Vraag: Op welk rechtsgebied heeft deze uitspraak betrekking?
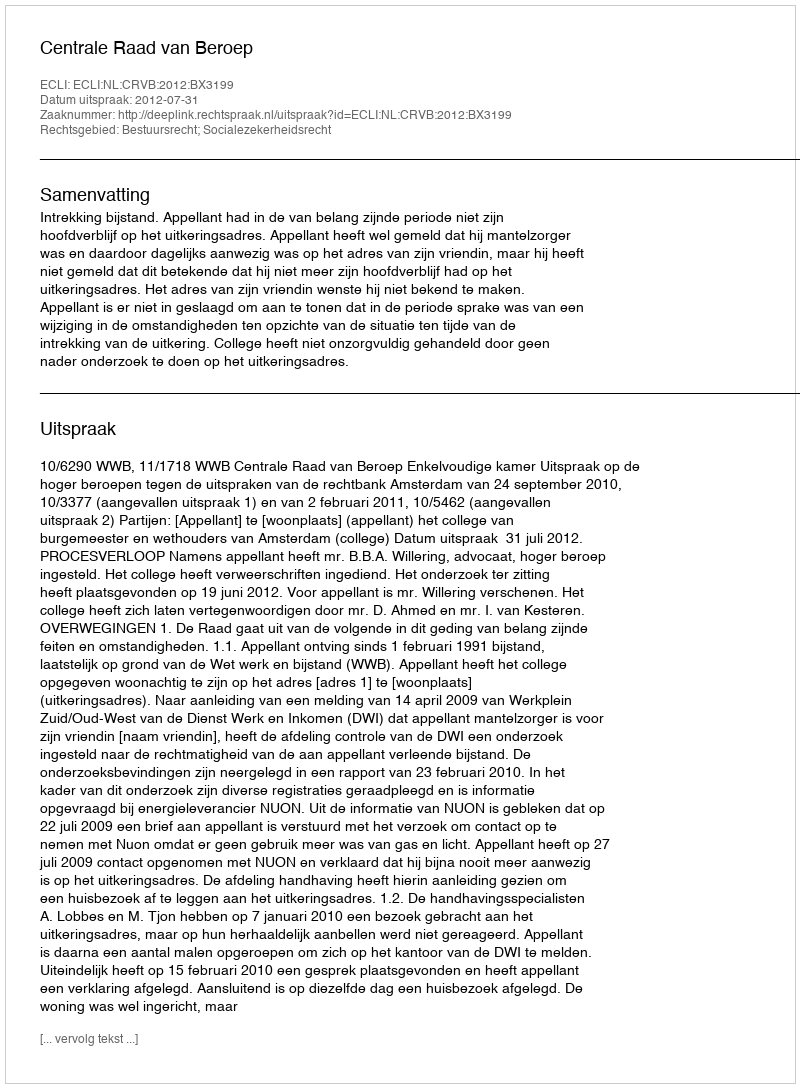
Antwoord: Bestuursrecht; Socialezekerheidsrecht